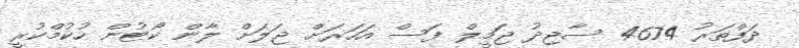
ދަފްތަރު 4674 ސާޖިދު ޖަމީލް ފަސް އަހަރަށް ޖަލަށް ލާން ކޯޓުން ހުކުމްކުރީ